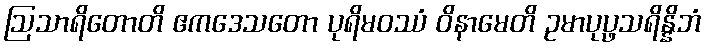
ဩသာရိတောတိ ဧကဒေသတော ပုရိမဝဿံ ဝိနာမေတိ ဥမာပုပ္ဖသရိန္နိဘံ